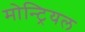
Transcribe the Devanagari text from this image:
मोन्ट्रियल